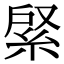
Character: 䋜